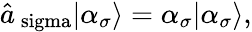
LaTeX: \begin{array}{r}{\hat{a}_{\mathrm{\ sigma}}|\alpha_{\sigma}\rangle=\alpha_{\sigma}|\alpha_{\sigma}\rangle,}\end{array}